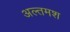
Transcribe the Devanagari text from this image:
अल्‍तमश